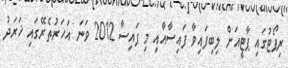
ރިޕޯޓުގައި ޕާޓީއަށް ލިބިފައިވާ ފައިސާއާއި މި ފައިސާ 2012 ވަނަ އަހަރުތެރޭގައި ޚަރަދު